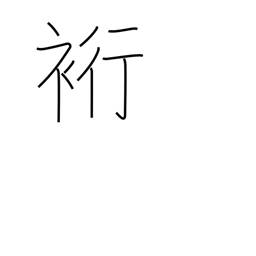
Meaning: sleeve length